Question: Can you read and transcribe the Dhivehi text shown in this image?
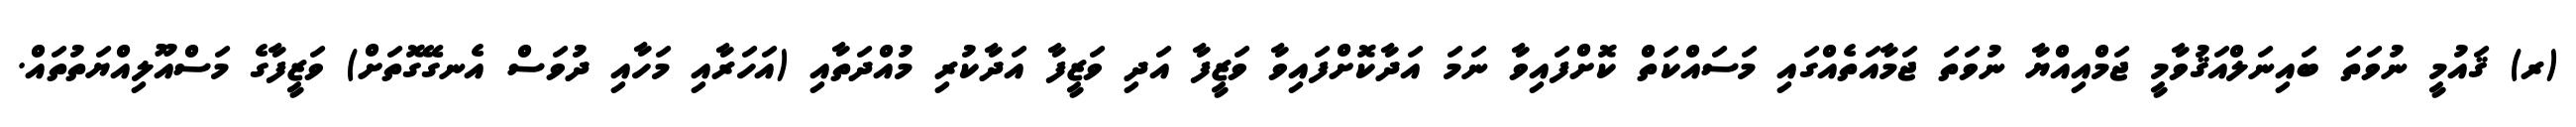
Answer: (ރ) ޤައުމީ ނުވަތަ ބައިނަލްއަޤުވާމީ ޖަމްއިއްޔާ ނުވަތަ ޖަމާއަތެއްގައި މަސައްކަތް ކޮށްފައިވާ ނަމަ އަދާކޮށްފައިވާ ވަޒީފާ އަދި ވަޒީފާ އަދާކުރި މުއްދަތާއި (އަހަރާއި މަހާއި ދުވަސް އެނގޭގޮތަށް) ވަޒީފާގެ މަސްއޫލިއްޔަތުތައް.